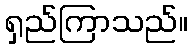
ရှည်ကြာသည်။